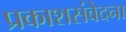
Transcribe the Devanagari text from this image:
प्रकाशसंवेदना